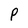
Character: P